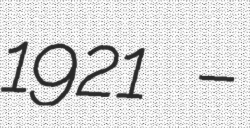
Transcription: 1921 –